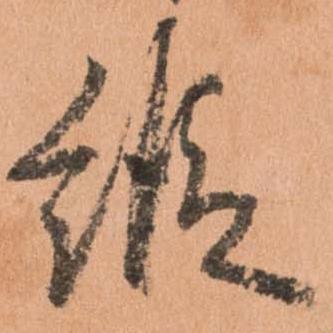
縦